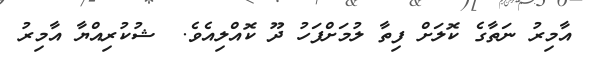
އާމިރު ނަތާގެ ކޮލަށް ފިތާ ލުމަށްފަހު ދޫ ކޮއްލިއެވެ.  ޝުކުރިއްޔާ އާމިރު